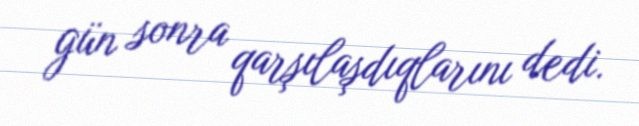
gün sonra qarşılaşdıqlarını dedi.